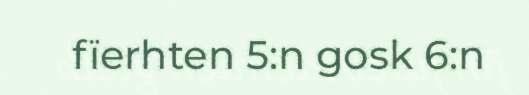
fïerhten 5:n gosk 6:n